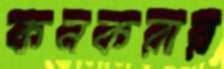
কনকরার